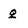
Character: g